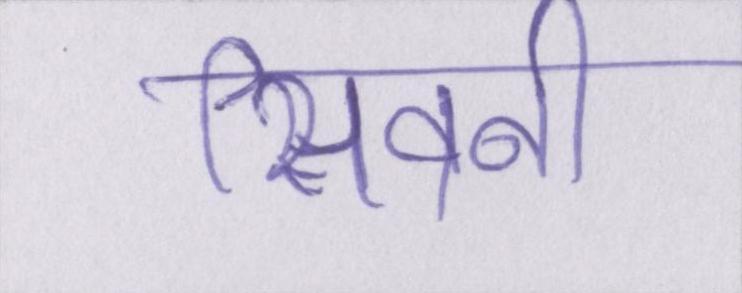
सिवनी